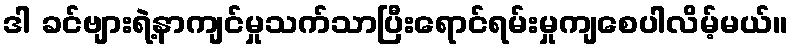
ဒါ ခင်ဗျားရဲ့နာကျင်မှုသက်သာပြီးရောင်ရမ်းမှုကျစေပါလိမ့်မယ်။